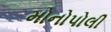
મોનોપોલી